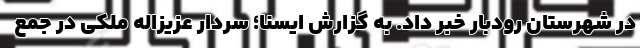
در شهرستان رودبار خبر داد. به گزارش ایسنا؛ سردار عزیزاله ملکی در جمع